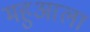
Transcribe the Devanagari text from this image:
महुआला